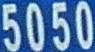
5050